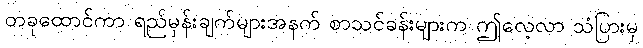
တခုထောင်ကာ ရည်မှန်းချက်များအနက် စာသင်ခန်းများက ဤလေ့လာ သံပြားမှ